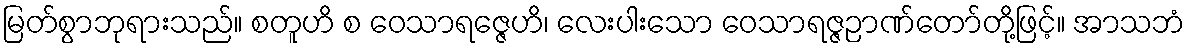
မြတ်စွာဘုရားသည်။ စတူဟိ စ ဝေသာရဇ္ဇေဟိ၊ လေးပါးသော ဝေသာရဇ္ဇဉာဏ်တော်တို့ဖြင့်။ အာသဘံ